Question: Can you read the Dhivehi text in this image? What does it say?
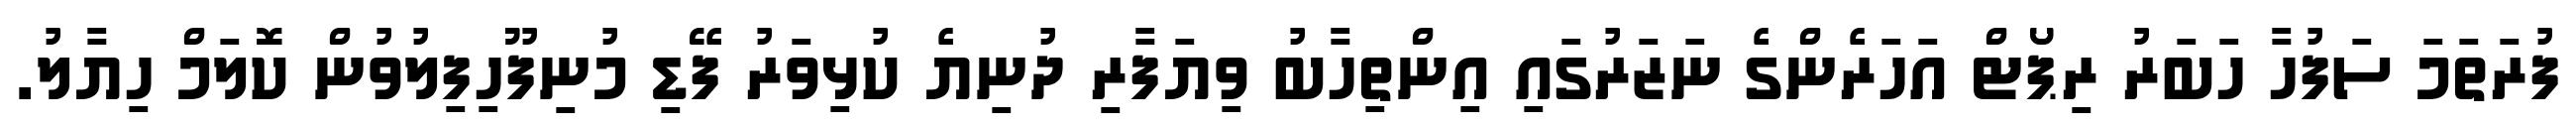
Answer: ފުރަތަމަ ސަފުހާ ހަބަރު ރިޕޯޓް އަހަރެންގެ ނަޒަރުގައި އިންތިހާބު ވިޔަފާރި ދުނިޔެ ކުޅިވަރު ފޭޑި މުނިފޫހިފިލުވުން ކޮލަމް ހިޔާލު.